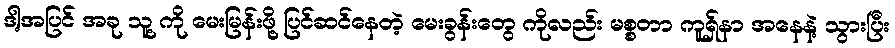
ဒါ့အပြင် အခု သူ့ ကို မေးမြန်းဖို့ ပြင်ဆင်နေတဲ့ မေးခွန်းတွေ ကိုလည်း မစ္စတာ ကူရှ်နာ အနေနဲ့ သွားပြီး